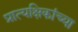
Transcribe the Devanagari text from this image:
प्रात्यक्षिकांच्या